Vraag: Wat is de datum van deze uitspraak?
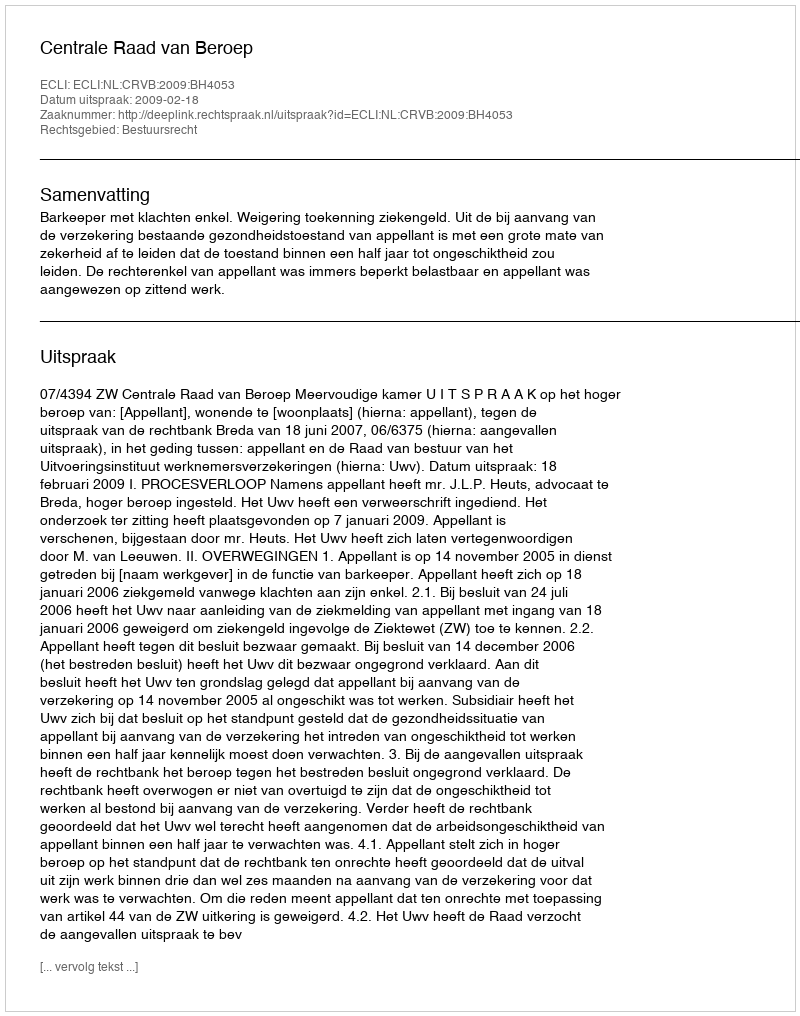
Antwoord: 2009-02-18